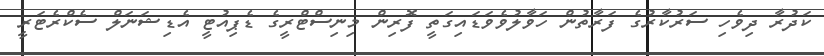
ކަދުރާ ދިވެހި ސަރުކާރުގެ ފަރާތުން ހަވާލުވެވަޑައިގަތީ ފޮރިން މިނިސްޓްރީގެ ޑެޕިއުޓީ އެޑިޝަނަލް ސެކްރެޓަރީ